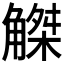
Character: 𧤠